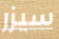
سيزر